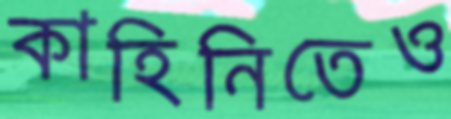
কাহিনিতেও